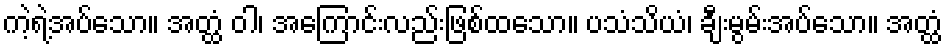
ကဲ့ရဲ့အပ်သော။ အတ္ထံ ဝါ၊ အကြောင်းလည်းဖြစ်ထသော။ ပသံသိယံ၊ ချီးမွမ်းအပ်သော။ အတ္ထံ